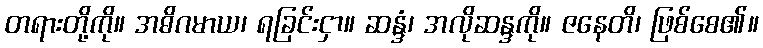
တရားတို့ကို။ အဓိဂမာယ၊ ရခြင်းငှာ။ ဆန္ဒံ၊ အလိုဆန္ဒကို။ ဇနေတိ၊ ဖြစ်စေ၏။